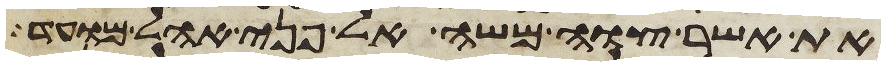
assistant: את אשר צוה משה אל פני אהל מועד